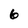
Character: 6